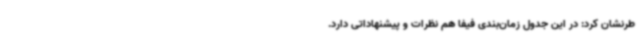
طرنشان کرد: در این جدول زمان‌بندی فیفا هم نظرات و پیشنهاداتی دارد.